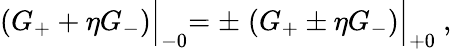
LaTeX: (G_{+}+\eta G_{-})\Bigl\vert_{-0}=\pm\; (G_{+}\pm\eta G_{-})\Bigl\vert_{+0}\ ,